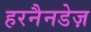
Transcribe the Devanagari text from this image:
हरनैनडेज़